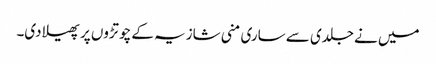
میں نے جلدی سے ساری منی شازیہ کے چوتڑوں پر پھیلا دی۔